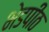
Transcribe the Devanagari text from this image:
भेडपीठ